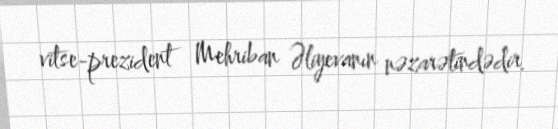
vitse-prezident Mehriban Əliyevanın nəzarətindədir.